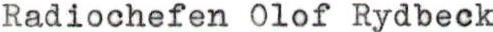
Radiochefen Olof Rydbeck